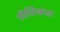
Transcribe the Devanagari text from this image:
सेविकल